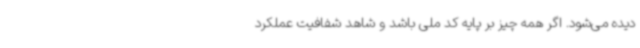
دیده می‌شود. اگر همه چیز بر پایه کد ملی باشد و شاهد شفافیت عملکرد